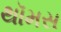
થૉમસ